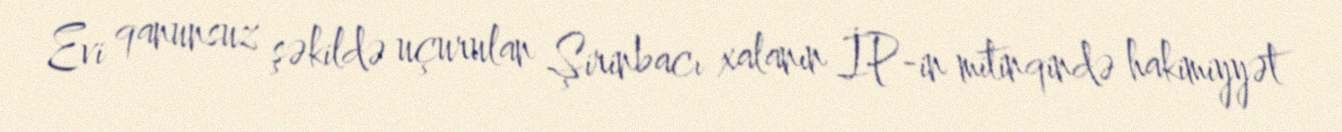
Evi qanunsuz şəkildə uçurulan Şirinbacı xalanın İP-in mitinqində hakimiyyət